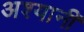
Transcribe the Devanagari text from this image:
अश्यानी